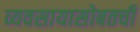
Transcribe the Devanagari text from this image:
व्यवसायासोबतची